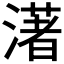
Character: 𤀞